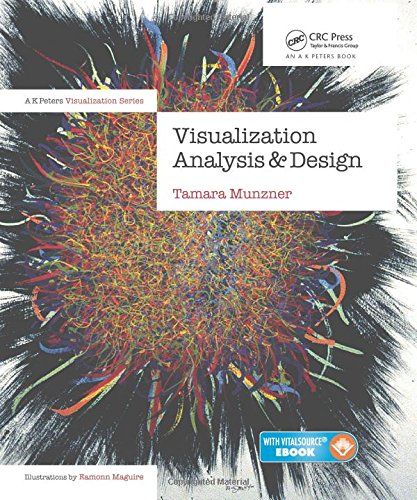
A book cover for Visualization Analysis and Design (AK Peters Visualization Series); Tamara Munzner; Computers & Technology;